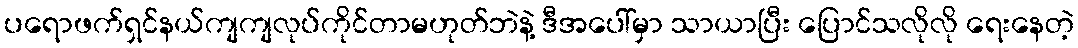
ပရောဖက်ရှင်နယ်ကျကျလုပ်ကိုင်တာမဟုတ်ဘဲနဲ့ ဒီအပေါ်မှာ သာယာပြီး ပြောင်သလိုလို ရေးနေတဲ့